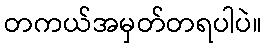
တကယ်အမှတ်တရပါပဲ။